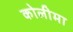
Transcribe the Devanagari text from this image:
कोलीमा